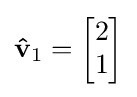
\mathbf {\hat {v}} _{1}={\begin{bmatrix}2\\1\end{bmatrix}}